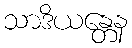
သာဒိယန္တေန